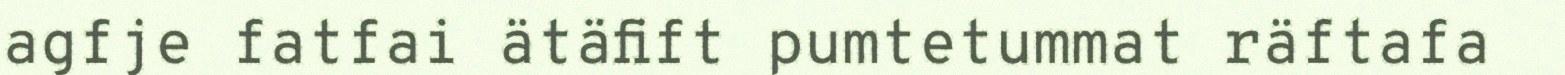
agfje fatfai ätäfift pumtetummat räftafa